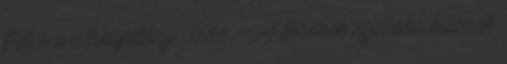
Péter a várkapitány. 1588. – A törökök nyársba húzzák